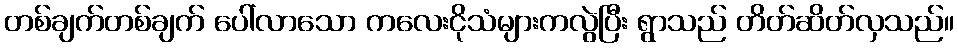
တစ်ချက်တစ်ချက် ပေါ်လာသော ကလေးငိုသံများကလွဲပြီး ရွာသည် တိတ်ဆိတ်လှသည်။